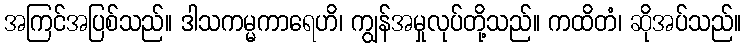
အကြင်အပြစ်သည်။ ဒါသကမ္မကာရေဟိ၊ ကျွန်အမှုလုပ်တို့သည်။ ကထိတံ၊ ဆိုအပ်သည်။